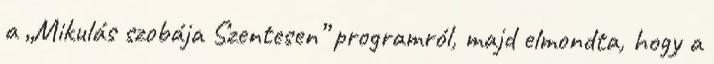
a „Mikulás szobája Szentesen” programról, majd elmondta, hogy a